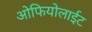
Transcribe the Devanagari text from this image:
ओफियोलाईट